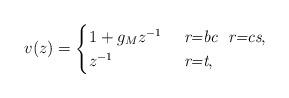
LaTeX: \begin{align*}v(z)= \begin{cases} 1+g_Mz^{-1} &\ \emph{r=bc}\ \ \emph{r=cs} ,\\ z^{-1} &\ \emph{r=t},\end{cases}\end{align*}